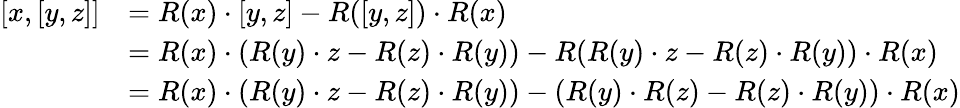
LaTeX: \begin{array}{rl}{[x,[y,z]]}&{=R(x)\cdot[y,z]-R([y,z])\cdot R(x)}\\ &{=R(x)\cdot(R(y)\cdot z-R(z)\cdot R(y))-R(R(y)\cdot z-R(z)\cdot R(y))\cdot R(x)}\\ &{=R(x)\cdot(R(y)\cdot z-R(z)\cdot R(y))-(R(y)\cdot R(z)-R(z)\cdot R(y))\cdot R(x)}\end{array}